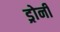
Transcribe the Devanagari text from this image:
ड्रोनी